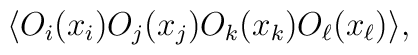
\langle O_i(x_i)O_j(x_j)O_k(x_k)O_{\ell}(x_{\ell})\rangle,